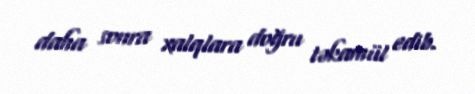
daha sonra xalqlara doğru təkamül edib.